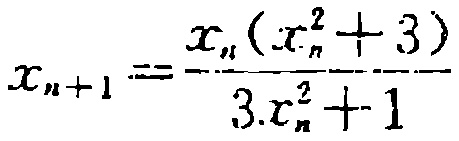
\(x_{n + 1} = \frac{x_{n}(x_{n}^{2} + 3)}{3x_{n}^{2} + 1}\)